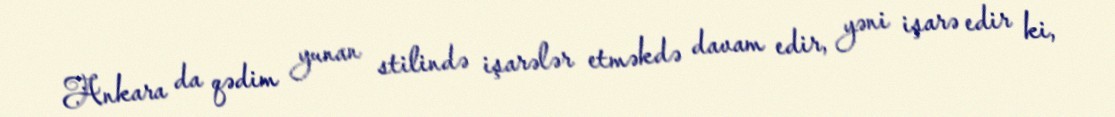
Ankara da qədim yunan stilində işarələr etməkdə davam edir, yəni işarə edir ki,